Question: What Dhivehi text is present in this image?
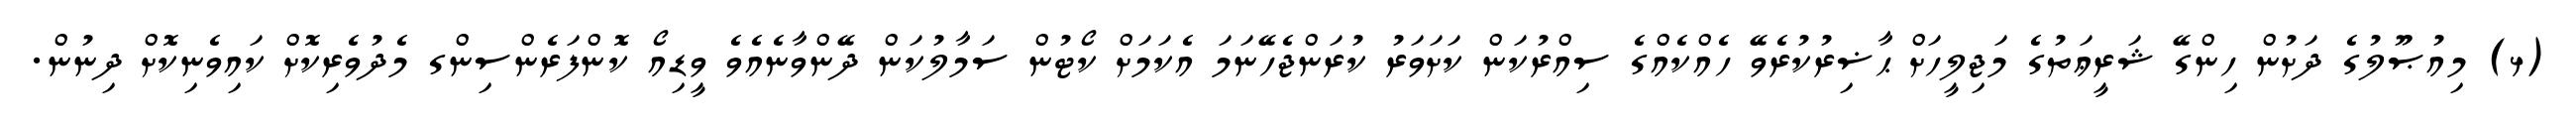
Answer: (ޅ) މިއުޞޫލުގެ ދަށުން ހިންގޭ ޝަރީޢަތުގެ މަޖިލީހަށް ޙާޟިރުކުރެވޭ ހެއްކެއްގެ ސިއްރުކަން ކަށަވަރު ކުރަންޖެހޭނަމަ އެކަމަށް ކޯޓުން ސަމާލުކަން ދޭންވާނެއެވެ ވީޑިއޯ ކޮންފަރެންސިންގ މެދުވެރިކޮށް ކައިވެނިކޮށް ދިނުން.